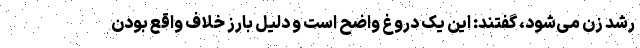
رشد زن می‌شود، گفتند: این یک دروغ واضح است و دلیل بارز خلاف واقع بودن